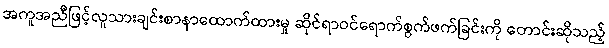
အကူအညီဖြင့်လူသားချင်းစာနာထောက်ထားမှု ဆိုင်ရာဝင်ရောက်စွက်ဖက်ခြင်းကို တောင်းဆိုသည့်